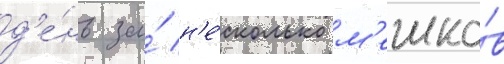
д'е́нь за́ н'е́сколько м'ешко́в